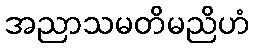
အညာသမတိမညိဟံ